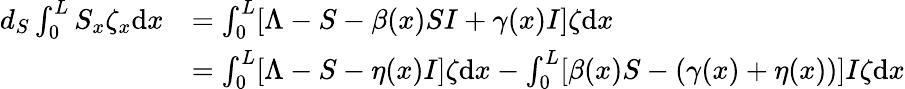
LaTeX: \begin{array}{rl}{d_{S}\int_{0}^{L}S_{x}\zeta_{x}\mathrm{d}x}&{=\int_{0}^{L}[\Lambda-S-\beta(x)SI+\gamma(x)I]\zeta\mathrm{d}x}\\ &{=\int_{0}^{L}[\Lambda-S-\eta(x)I]\zeta\mathrm{d}x-\int_{0}^{L}[\beta(x)S-(\gamma(x)+\eta(x))]I\zeta\mathrm{d}x}\end{array}